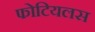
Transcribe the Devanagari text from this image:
फोटियलस